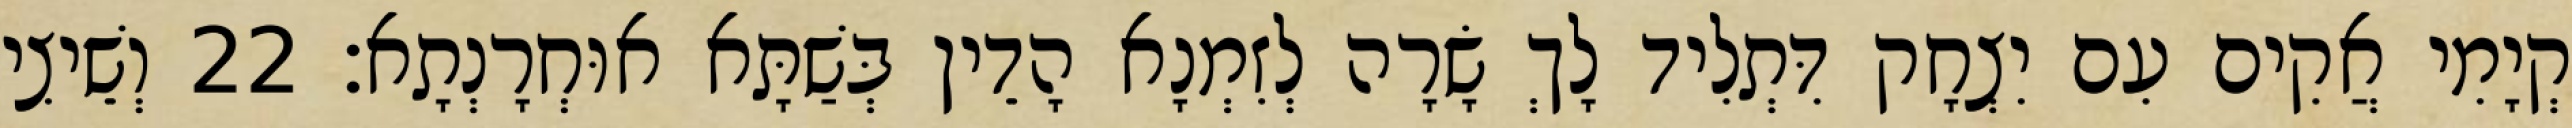
קְיָמִי אֲקִים עִם יִצְחָק דִּתְלִיד לָךְ שָׂרָה לְזִמְנָא הָדֵין בְּשַׁתָּא אוּחְרָנְתָא׃ 22 וְשֵׁיצִי